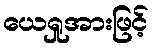
ယေရှုအားဖြင့်